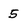
Character: 5